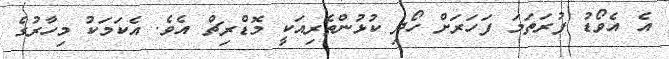
އެ އެވޯޑު ފުރަތަމަ ފަހަރަށް ހޯދި ކުޅުންތެރިއަކީ މޮޑްރިޗް އެވެ. އެކަމަކު މިހާރުގެ